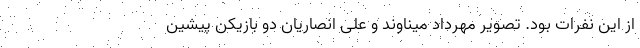
از این نفرات بود. تصویر مهرداد میناوند و علی انصاریان دو بازیکن پیشین